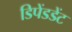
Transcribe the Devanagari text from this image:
डिपेंडडेंट